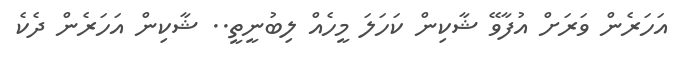
އަހަރެން ވަރަށް އުފާވޭ ޝާކިން ކަހަލަ މީހެއް ލިބުނީތީ.. ޝާކިން އަހަރެން ދެކެ